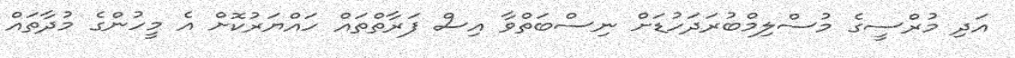
އަދި މުރްސީގެ މުސްލިމްބުރަދަހުޑަށް ނިސްބަތްވާ އިސް ފަރާތްތައް ހައްޔަރުކޮށް އެ މީހުންގެ މުދާތައް